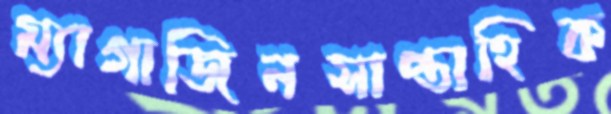
ম্যাগাজিনসাপ্তাহিক